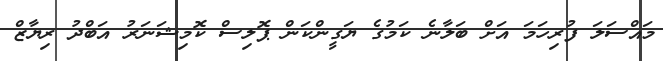
މައްސަލަ ފުރިހަމަ އަށް ބަލާނެ ކަމުގެ ޔަގީންކަން ޕޮލިސް ކޮމިޝަނަރު އަބްދު ރިޔާޒް